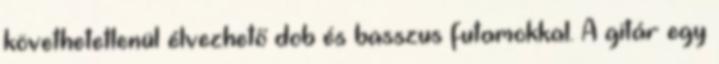
követhetetlenül élvezhető dob és basszus futamokkal. A gitár egy